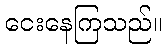
ငေးနေကြသည်။